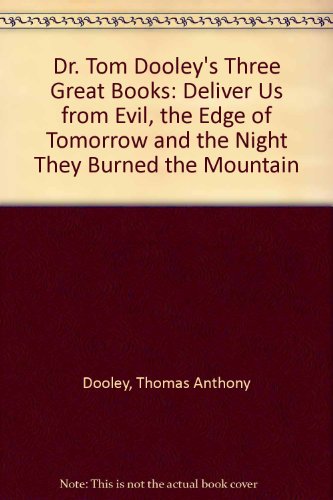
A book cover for Dr. Tom Dooley's Three Great Books: Deliver Us from Evil, the Edge of Tomorrow and the Night They Burned the Mountain; Dr Tom Dooley; Travel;